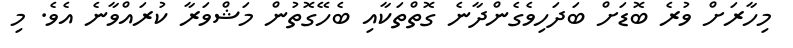
މިހާރަށް ވުރެ ބޮޑަށް ބަދަހިވެގެންދާނެ ގޮތްތަކާއި ބެހޭގޮތުން މަޝްވަރާ ކުރައްވާނެ އެވެ. މި